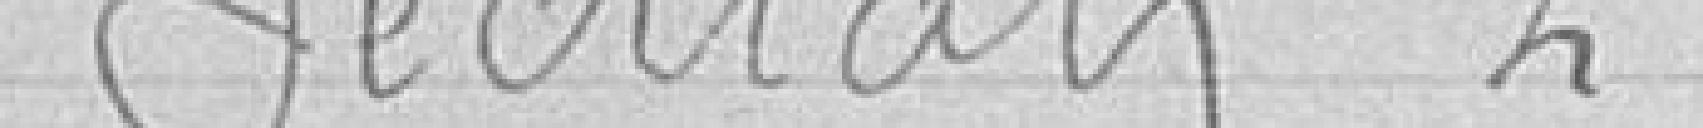
section 2